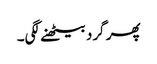
پھر گرد بیٹھنے لگی۔